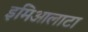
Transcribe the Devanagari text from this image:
इमिआलाटा